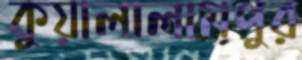
কুয়ালালামপুর